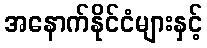
အနောက်နိုင်ငံများနှင့်